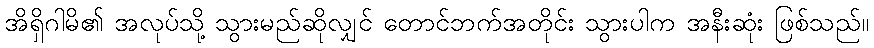
အိရှိဂါမိ၏ အလုပ်သို့ သွားမည်ဆိုလျှင် တောင်ဘက်အတိုင်း သွားပါက အနီးဆုံး ဖြစ်သည်။